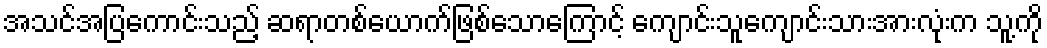
အသင်အပြကောင်းသည့် ဆရာတစ်ယောက်ဖြစ်သောကြောင့် ကျောင်းသူကျောင်းသားအားလုံးက သူ့ကို